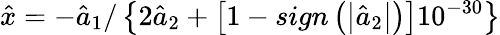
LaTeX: \hat{x}=-{{\hat{a}}_{1}}/\left\{ 2{{{\hat{a}}}_{2}}+\left[1-sign\left(\left|{{{\hat{a}}}_{2}}\right|\right)\right]{{10}^{-30}}\right\}